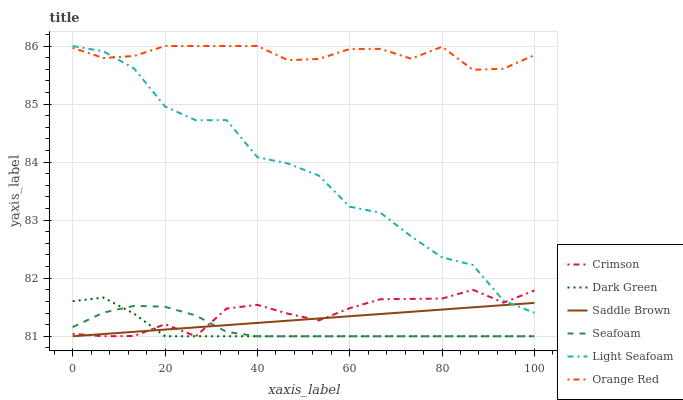
| xaxis_label | Crimson | Dark Green | Saddle Brown | Seafoam | Light Seafoam | Orange Red |
 | --- | --- | --- | --- | --- | --- | --- |
 | 0 | 81 | 81.6 | 81 | 81.2 | 86 | 86 |
 | 6.67 | 81 | 81.7 | 81 | 81.4 | 85.9 | 85.8 |
 | 13.3 | 81 | 81.4 | 81.1 | 81.5 | 85.6 | 85.8 |
 | 20 | 81.2 | 81 | 81.1 | 81.5 | 85 | 86 |
 | 26.7 | 81 | 81 | 81.2 | 81.4 | 84.7 | 86 |
 | 33.3 | 81.5 | 81 | 81.2 | 81.1 | 84.7 | 86 |
 | 40 | 81.5 | 81 | 81.2 | 81 | 84.1 | 86 |
 | 46.7 | 81.4 | 81 | 81.3 | 81 | 84 | 85.8 |
 | 53.3 | 81.3 | 81 | 81.3 | 81 | 83.8 | 85.8 |
 | 60 | 81.5 | 81 | 81.3 | 81 | 83.2 | 85.9 |
 | 66.7 | 81.6 | 81 | 81.4 | 81 | 83.1 | 86 |
 | 73.3 | 81.6 | 81 | 81.4 | 81 | 82.7 | 85.8 |
 | 80 | 81.6 | 81 | 81.5 | 81 | 82.4 | 86 |
 | 86.7 | 81.8 | 81 | 81.5 | 81 | 82.2 | 85.6 |
 | 93.3 | 81.6 | 81 | 81.5 | 81 | 81.6 | 85.6 |
 | 100 | 81.8 | 81 | 81.6 | 81 | 81.4 | 85.8 |